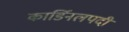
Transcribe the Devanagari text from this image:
कार्डिनलपदी